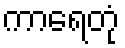
ကာရေတုံ